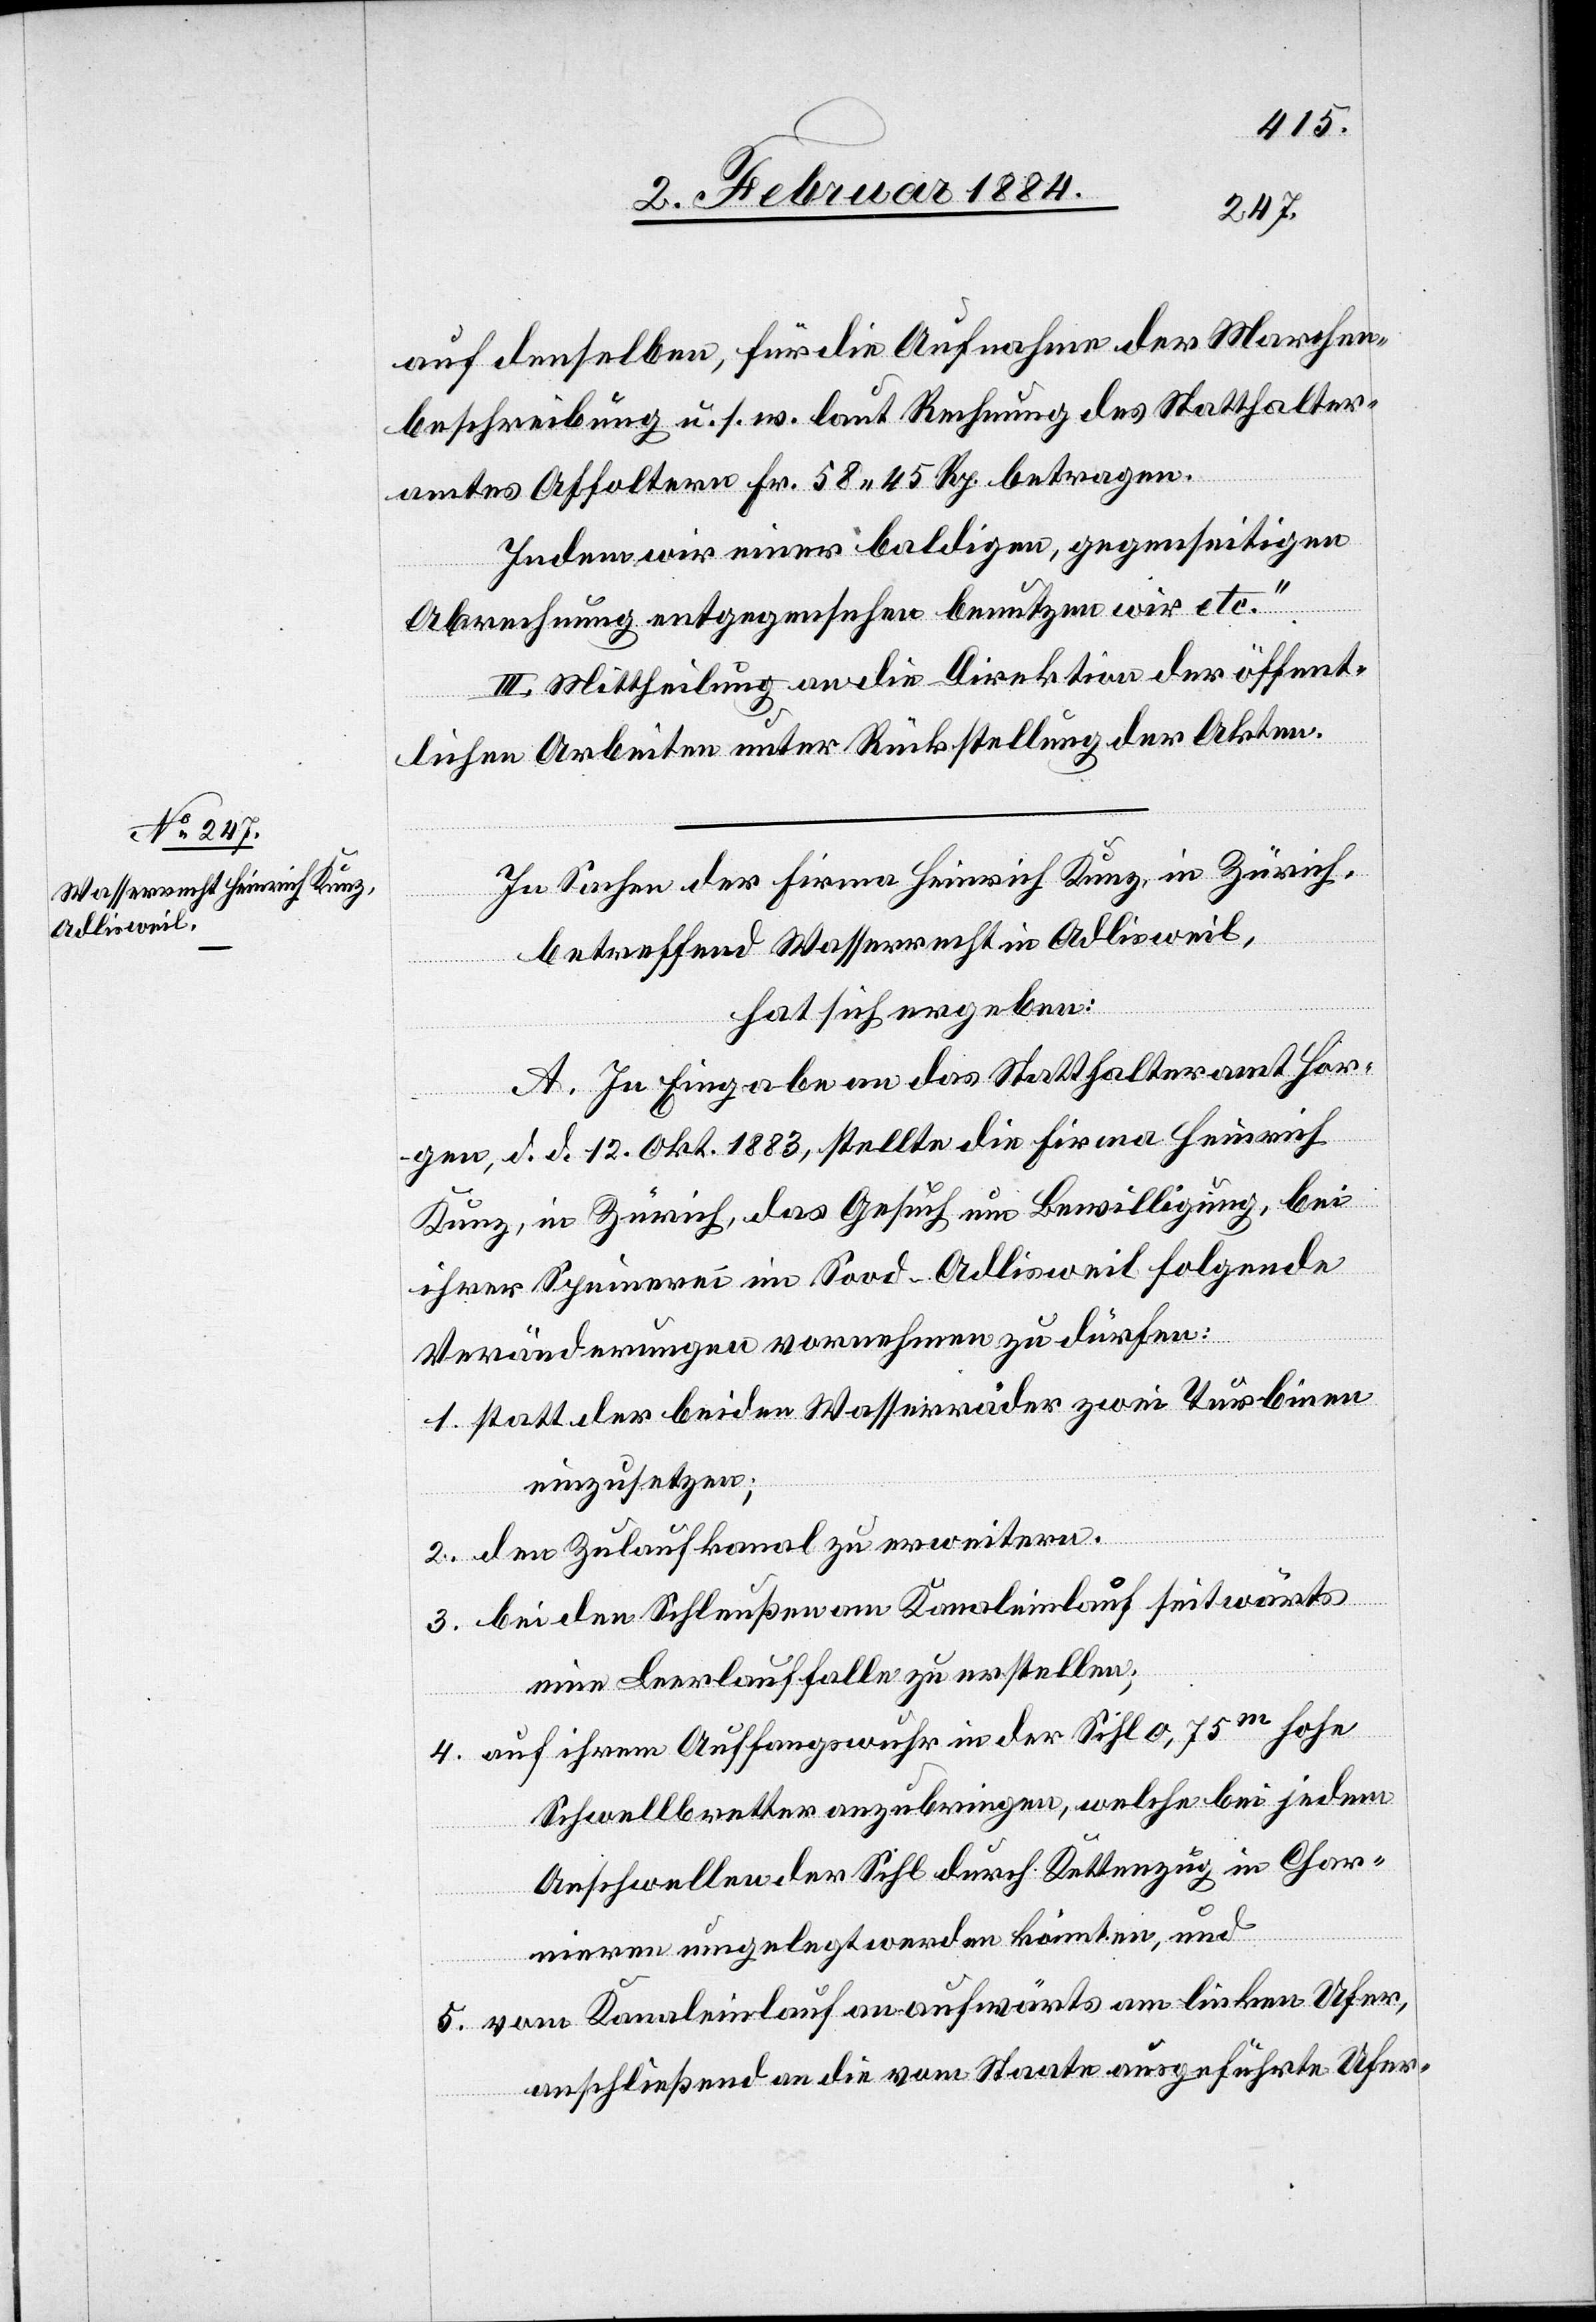
auf denselben, für die Aufnahme der Marchen¬
beschreibung u. s. w. laut Rechnung des Statthalter¬
amtes Affoltern Fr. 58 45 Rp. betragen.
Indem wir einer baldigen, gegenseitigen
Abrechnung entgegensehen benutzen wir etc.“
III. Mittheilung an die Direktion der öffent¬
lichen Arbeiten unter Rückstellung der Akten.
In Sachen der Firma Heinrich Kunz, in Zürich,
betreffend Wasserrecht in Adlisweil,
hat sich ergeben:
A. In Eingabe an das Statthalteramt Hor¬
gen d. d. 12. Okt. 1883, stellte die Firma Heinrich
Kunz, in Zürich, das Gesuch um Bewilligung, bei
ihrer Spinnerei im Sood - Adlisweil folgende
Veränderungen vornehmen zu dürfen:
1. Statt der beiden Wasserräder zwei Turbinen
einzusetzen;
2. Den Zulaufkanal zu erweitern.
3. Bei den Schleußen am Kanaleinlauf seitwärts
eine Leerlauffalle zu erstellen;
4. Auf ihrem Auffangswuhr in der Sihl 0,75m hohe
Schwellbretter anzubringen, welche bei jedem
Anschwellen der Sihl durch Kettenzug in Char¬
nieren eingelegt werden könnten, und
5. Vom Kanaleinlauf an aufwärts am linken Ufer,
anschließend an die vom Staate ausgeführte Ufer-